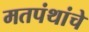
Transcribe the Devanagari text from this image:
मतपंथांचे